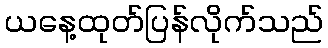
ယနေ့ထုတ်ပြန်လိုက်သည်